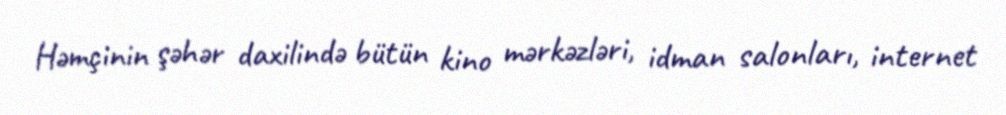
Həmçinin şəhər daxilində bütün kino mərkəzləri, idman salonları, internet